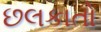
છલકાતો